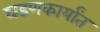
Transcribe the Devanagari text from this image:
घडणकार्यांत